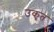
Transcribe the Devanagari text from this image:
उकृत